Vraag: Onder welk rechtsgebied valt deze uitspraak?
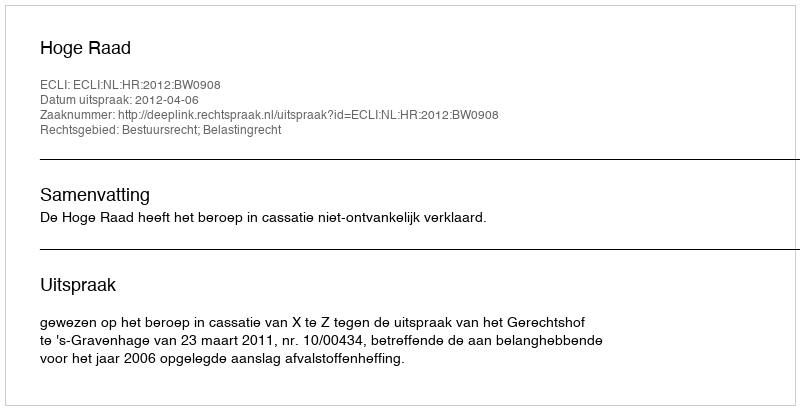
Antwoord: Bestuursrecht; Belastingrecht